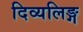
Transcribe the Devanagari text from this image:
दिव्यलिङ्ग